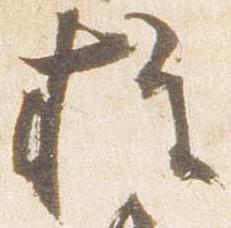
権